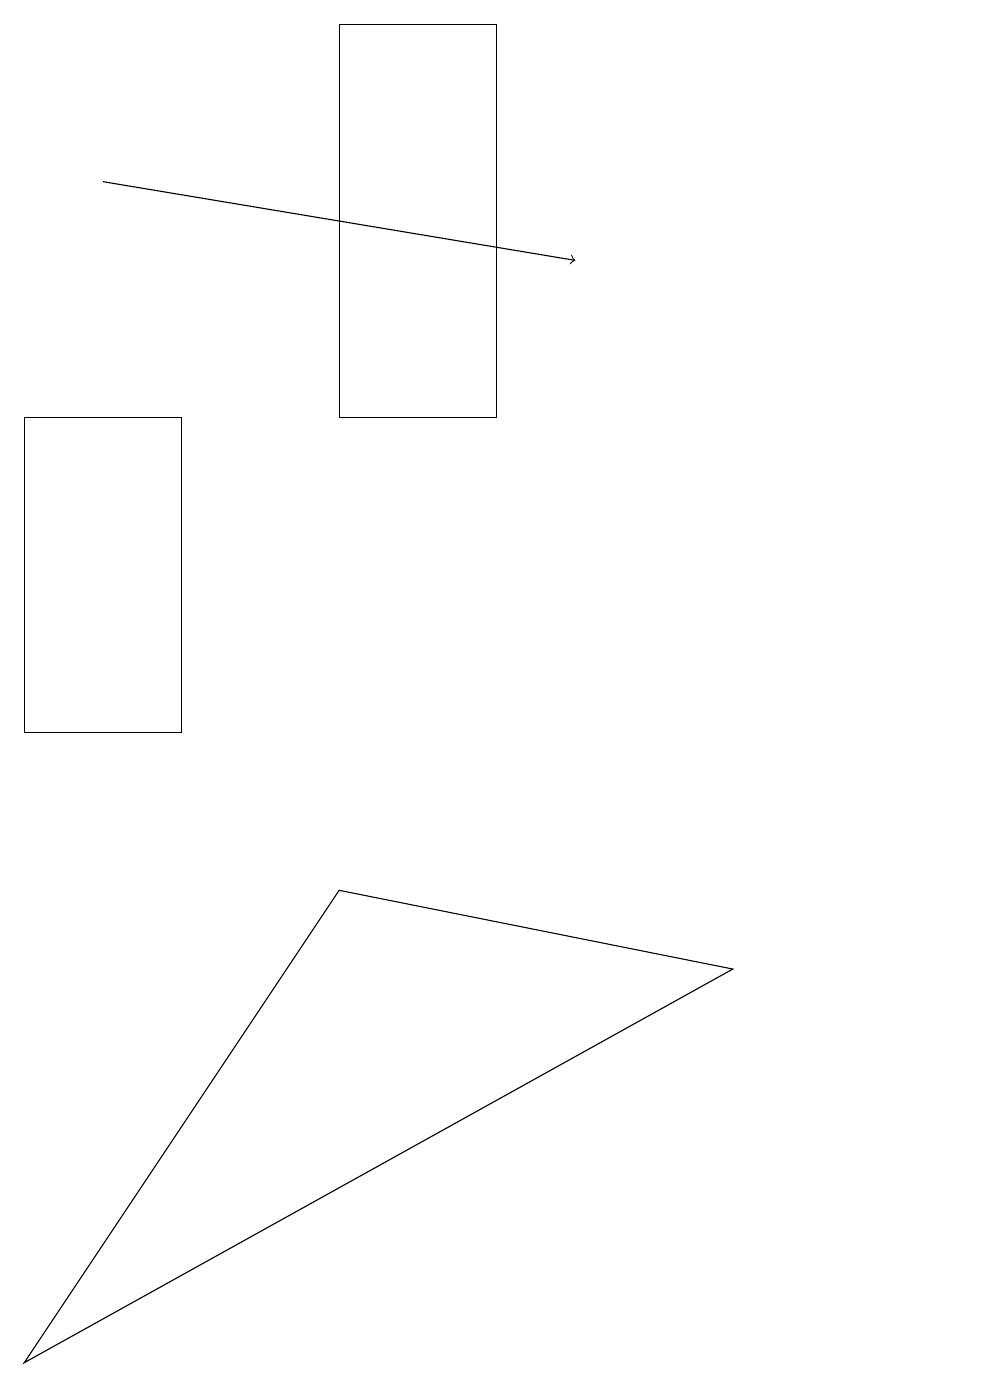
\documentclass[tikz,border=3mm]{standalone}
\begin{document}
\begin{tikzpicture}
\draw (12,12) circle (0);
\draw (0,14) rectangle (2,10);
\draw[->] (1,17) -- (7,16);
\draw (11,10) circle (0);
\draw (4,19) rectangle (6,14);
\draw (0,2) -- (4,8) -- (9,7) -- cycle;
\draw (10,11) circle (0);
\draw (11,11) circle (0);
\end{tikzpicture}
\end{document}